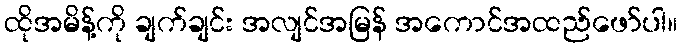
ထိုအမိန့်ကို ချက်ချင်း အလျင်အမြန် အကောင်အထည်ဖော်ပါ။